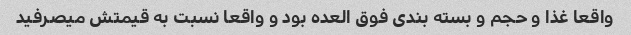
واقعا غذا و حجم و بسته بندی فوق العده بود و واقعا نسبت به قیمتش میصرفید